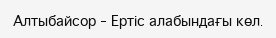
Алтыбайсор – Ертіс алабындағы көл.